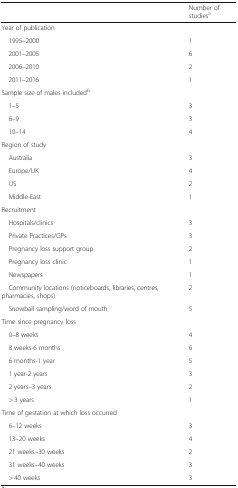
|  | Number of studiesa |
 | --- | --- |
 | <COLSPAN=2> Year of publication |
 | 1995–2000 | 1 |
 | 2001–2005 | 6 |
 | 2006–2010 | 2 |
 | 2011–2016 | 1 |
 | <COLSPAN=2> Sample size of males includedb |
 | 1–5 | 3 |
 | 6–9 | 3 |
 | 10–14 | 4 |
 | <COLSPAN=2> Region of study |
 | Australia | 3 |
 | Europe/UK | 4 |
 | US | 2 |
 | Middle-East | 1 |
 | <COLSPAN=2> Recruitment |
 | Hospitals/clinics | 3 |
 | Private Practices/GPs | 3 |
 | Pregnancy loss support group | 2 |
 | Pregnancy loss clinic | 1 |
 | Newspapers | 1 |
 | Community locations (noticeboards, libraries, centres, pharmacies, shops) | 2 |
 | Snowball sampling/word of mouth | 5 |
 | <COLSPAN=2> Time since pregnancy loss |
 | 0–8 weeks | 4 |
 | 8 weeks-6 months | 6 |
 | 6 months-1 year | 5 |
 | 1 year-2 years | 3 |
 | 2 years–3 years | 2 |
 | > 3 years | 1 |
 | <COLSPAN=2> Time of gestation at which loss occurred |
 | 6–12 weeks | 3 |
 | 13–20 weeks | 4 |
 | 21 weeks–30 weeks | 2 |
 | 31 weeks–40 weeks | 3 |
 | > 40 weeks | 3 |